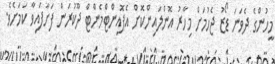
މީހުންގެ ދެވަނަ ޑޯޒު ޖެހުމަށް މިހާރު އޮންލައިންކޮށް އެޕޮއިންޓްމެންޓް ދޫކުރަން ފަށާފައިވާ ކަމަށެވެ.